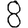
Digit: 8